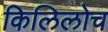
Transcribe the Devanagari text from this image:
किलिलोच